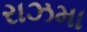
રાઝમા